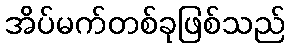
အိပ်မက်တစ်ခုဖြစ်သည်